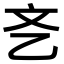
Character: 㐎